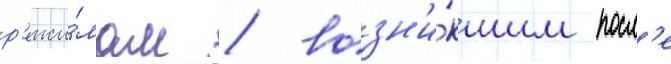
р'ежи́мам / возн'и́кшим посл'е